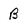
Character: B